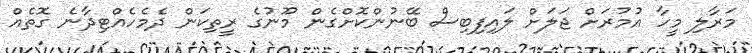
މަރާލި މީހާ އުމުރަށް ޖަލަށް ލައިފިބިސް ބޭނުންކޮށްގެން މޫނުގެ ރީތިކަން ދެމެހެއްޓިދާނެ ގޮތެއް